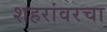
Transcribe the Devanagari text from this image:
शहरांवरचा